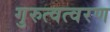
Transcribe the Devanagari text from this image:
गुरुत्वत्वरण